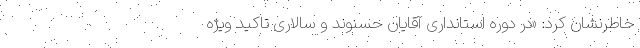
خاطرنشان کرد: «در دوره استانداری آقایان حسنوند و سالاری تاکید ویژه